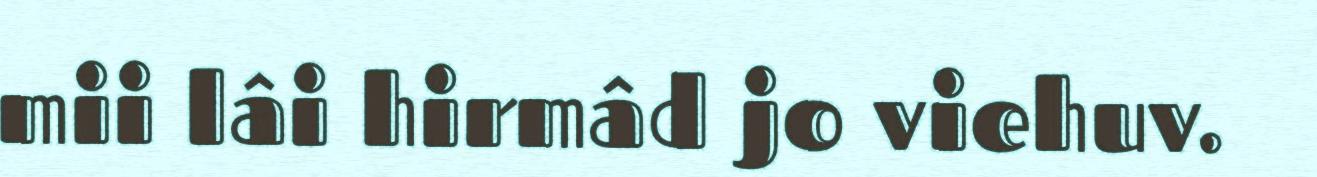
mii lâi hirmâd jo viehuv.